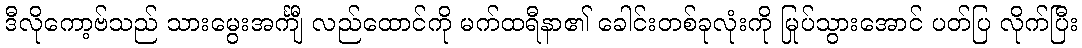
ဒီလိုကော့ဗ်သည် သားမွေးအင်္ကျီ လည်ထောင်ကို မက်ထရီနာ၏ ခေါင်းတစ်ခုလုံးကို မြုပ်သွားအောင် ပတ်ပြ လိုက်ပြီး